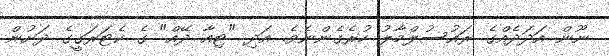
ނޫން އަދަދެއްގެ ރައުސުލްމާލު ހުރެގެންނެވެ. އަދި "ޓިއާ ދޭއް" ގެ ކެޓަރަގީގެ ދަށުން